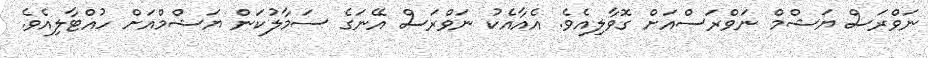
ނަވްރަސް ޔަޝްމް ނަވްރަސްއަށް ގޮވާލިއެވެ. އެއާއެކު ނަވްރަސް އޭނަގެ ސަމާލުކަން ޔަޝްމްއަށް ހުއްޓާލިއެވެ.